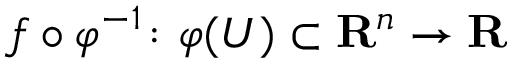
f \circ \varphi ^ { - 1 } \colon \varphi ( U ) \subset { \mathbf { R } } ^ { n } \to { \mathbf { R } }